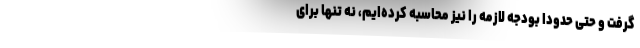
گرفت و حتی حدوداً بودجه لازمه را نیز محاسبه کرده‌ایم، نه تنها برای